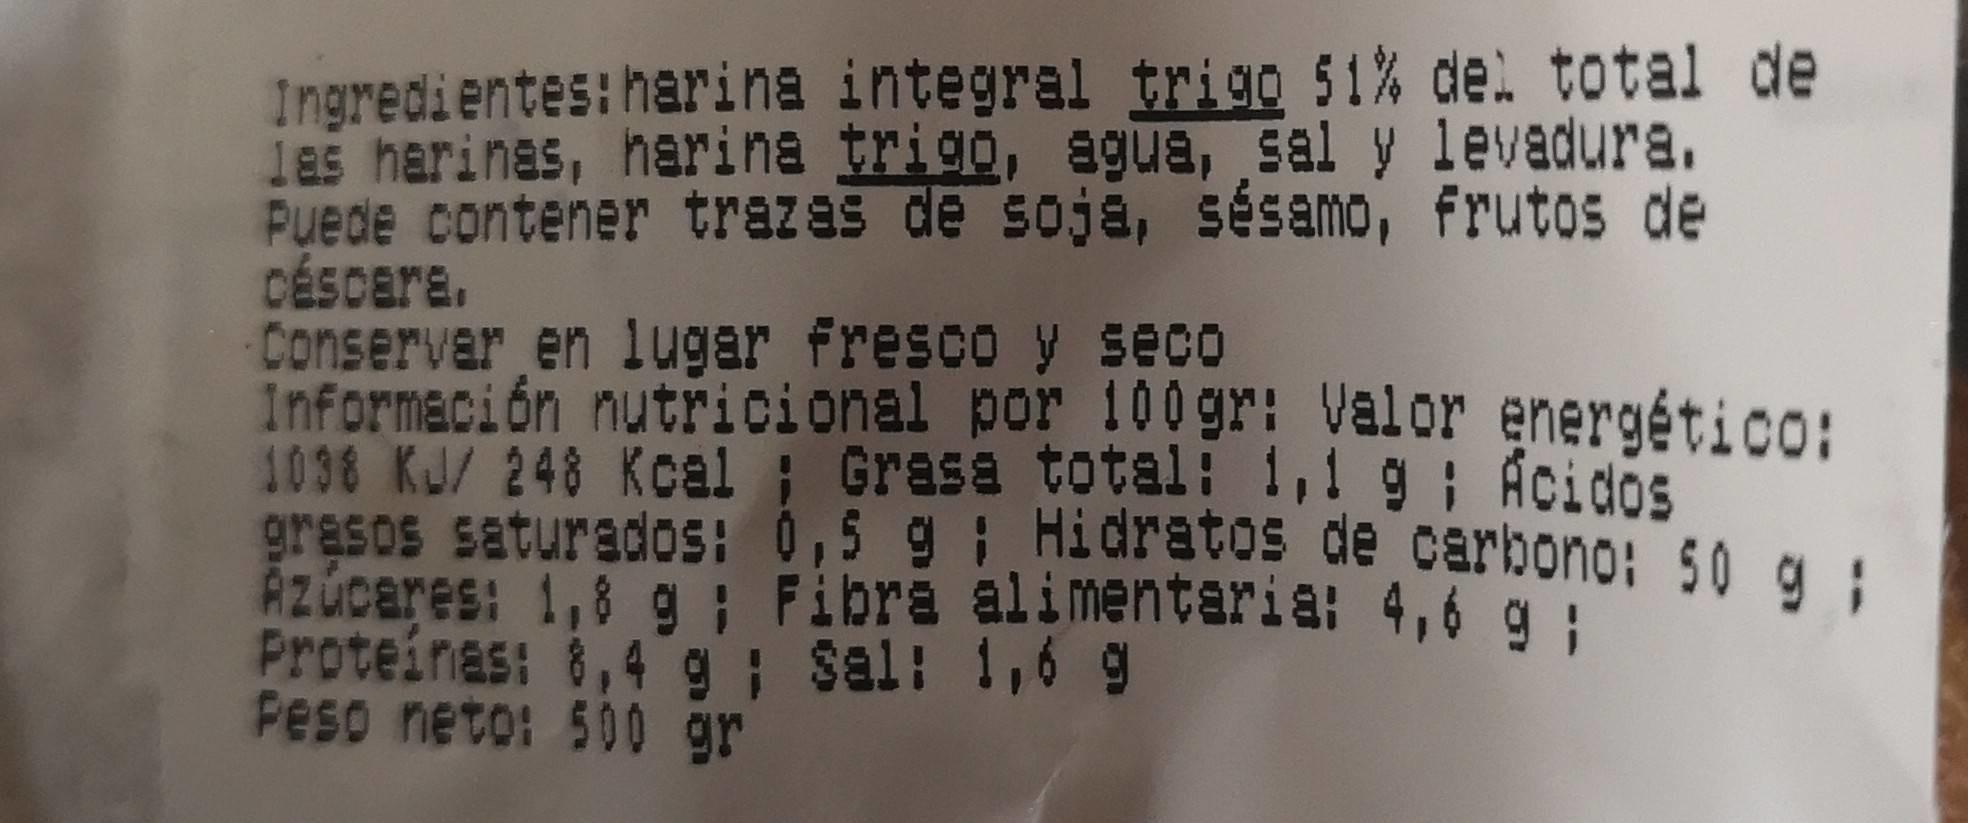
Ingredientes:harina integral trigo 51% de. total de 1as harinas, harina trigo, agua, sal y levadura. Puede contener trazas de soja, sésamo, frutos de CéScara. Conservar en lugar fresco y seco Información nutricional por 100gr: Valor energétic0o: 1036 KJ/ 248 Kcal ; Grasa total: 1,1 g ; Acidos grasos saturados: 0,5 9 1 Hidratos de carbono: 50 g : Rzúcares: 1,8 g ; Fibra alimentaria: 4,6 g ; Proteinas: 8,4 g; Sal: 1,6 g Peso neto: 500 gr